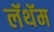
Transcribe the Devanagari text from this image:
लॅथॅम